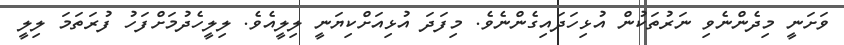
ވަށަނީ މިދެންނެވި ނަރުތަކުން އުޅިހަދައިގެންނެވެ. މިފަދަ އުޅިއަށްކިޔަނީ ލިލީއެވެ. ލިލީހެދުމަށްފަހު ފުރަތަމަ ލިލީ